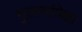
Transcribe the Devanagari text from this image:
गुलामांपेक्षा